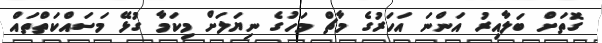
ގޮތަށް ބަލާއިރު އަންނަ އަހަރުގެ މާޗް މަހުގެ ނިޔަލަށް މިކަމާ ގުޅޭ މަސަައްކަތްތައް